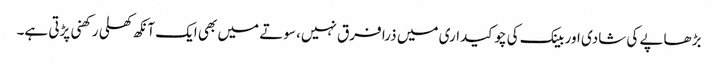
بڑھاپے کی شادی اور بینک کی چوکیداری میں ذرا فرق نہیں، سوتے میں بھی ایک آنکھ کھلی رکھنی پڑتی ہے۔